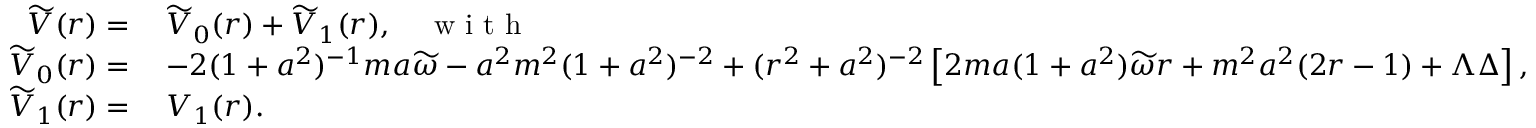
\begin{array} { r l } { \widetilde { V } ( r ) = } & { \: \widetilde { V } _ { 0 } ( r ) + \widetilde { V } _ { 1 } ( r ) , \quad \textnormal { w i t h } } \\ { \widetilde { V } _ { 0 } ( r ) = } & { \: - 2 ( 1 + a ^ { 2 } ) ^ { - 1 } m a \widetilde { \omega } - a ^ { 2 } m ^ { 2 } ( 1 + a ^ { 2 } ) ^ { - 2 } + ( r ^ { 2 } + a ^ { 2 } ) ^ { - 2 } \left[ 2 m a ( 1 + a ^ { 2 } ) \widetilde { \omega } r + m ^ { 2 } a ^ { 2 } ( 2 r - 1 ) + \Lambda \Delta \right] , } \\ { \widetilde { V } _ { 1 } ( r ) = } & { \: V _ { 1 } ( r ) . } \end{array}